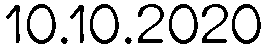
10.10.2020